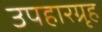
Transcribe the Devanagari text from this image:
उपहारग्रृह